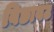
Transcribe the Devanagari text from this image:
बिछावट